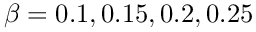
\beta = 0 . 1 , 0 . 1 5 , 0 . 2 , 0 . 2 5